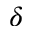
\delta